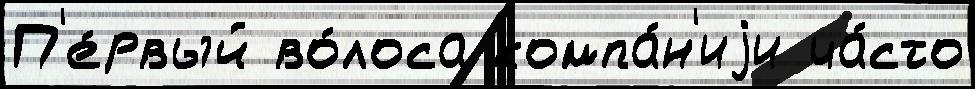
П'е́рвый во́лоса компа́н'иjи ча́сто